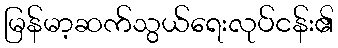
မြန်မာ့ဆက်သွယ်ရေးလုပ်ငန်း၏